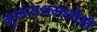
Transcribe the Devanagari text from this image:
गुजराथमध्येही